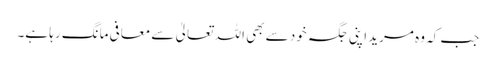
جب کہ وہ مرید اپنی جگہ خود سے بھی اللہ تعالیٰ سے معافی مانگ رہا ہے۔